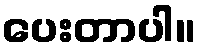
ပေးတာပါ။